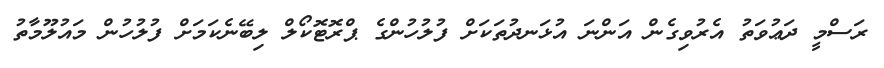
ރަސްމީ ދަޢުވަތު އެރުވިގެން އަންނަ އުޅަނދުތަކަށް ފުލުހުންގެ ޕްރޮޓޮކޯލް ލިބޭނެކަމަށް ފުލުހުން މައުލޫމާތު